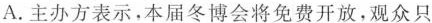
A.主办方表示，本届冬博会将免费开放，观众只